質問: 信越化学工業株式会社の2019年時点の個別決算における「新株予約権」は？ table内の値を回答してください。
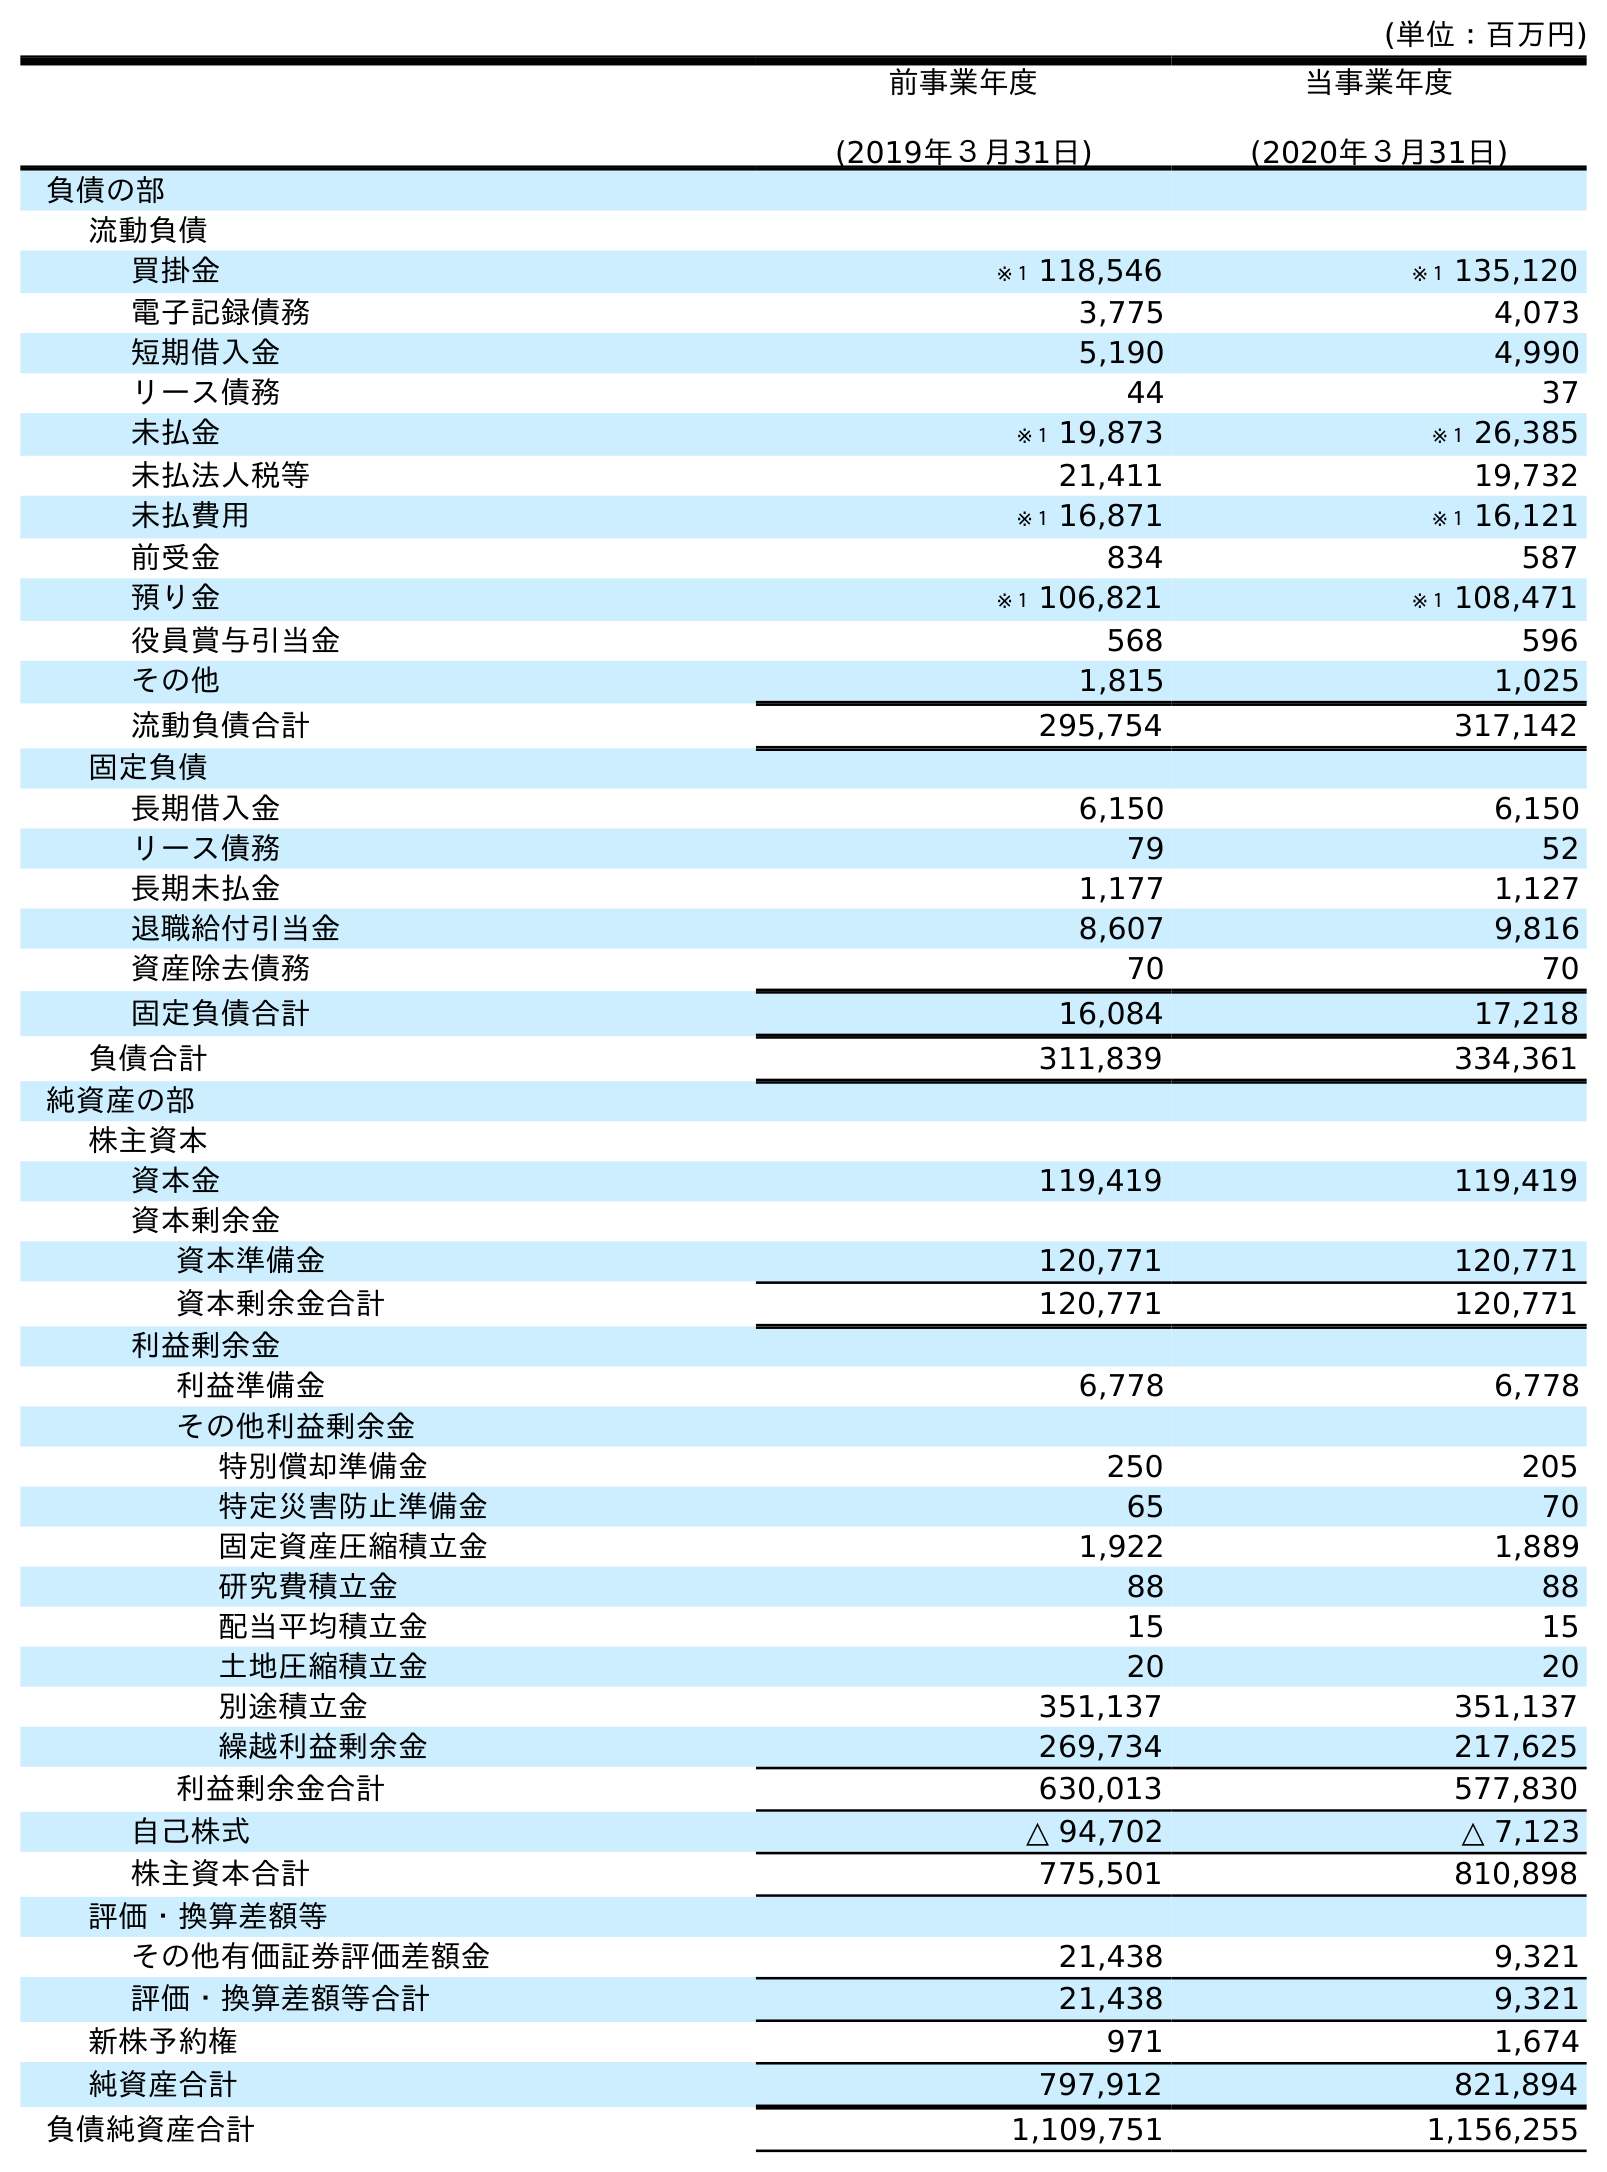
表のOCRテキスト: (単位：百万円) 前事業年度 (2019年３月31日) 当事業年度 (2020年３月31日) 負債の部 流動負債 買掛金 ※１ 118,546 ※１ 135,120 電子記録債務 3,775 4,073 短期借入金 5,190 4,990 リース債務 44 37 未払金 ※１ 19,873 ※１ 26,385 未払法人税等 21,411 19,732 未払費用 ※１ 16,871 ※１ 16,121 前受金 834 587 預り金 ※１ 106,821 ※１ 108,471 役員賞与引当金 568 596 その他 1,815 1,025 流動負債合計 295,754 317,142 固定負債 長期借入金 6,150 6,150 リース債務 79 52 長期未払金 1,177 1,127 退職給付引当金 8,607 9,816 資産除去債務 70 70 固定負債合計 16,084 17,218 負債合計 311,839 334,361 純資産の部 株主資本 資本金 119,419 119,419 資本剰余金 資本準備金 120,771 120,771 資本剰余金合計 120,771 120,771 利益剰余金 利益準備金 6,778 6,778 その他利益剰余金 特別償却準備金 250 205 特定災害防止準備金 65 70 固定資産圧縮積立金 1,922 1,889 研究費積立金 88 88 配当平均積立金 15 15 土地圧縮積立金 20 20 別途積立金 351,137 351,137 繰越利益剰余金 269,734 217,625 利益剰余金合計 630,013 577,830 自己株式 △ 94,702 △ 7,123 株主資本合計 775,501 810,898 評価・換算差額等 その他有価証券評価差額金 21,438 9,321 評価・換算差額等合計 21,438 9,321 新株予約権 971 1,674 純資産合計 797,912 821,894 負債純資産合計 1,109,751 1,156,255
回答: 971